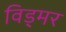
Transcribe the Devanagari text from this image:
विड्मर